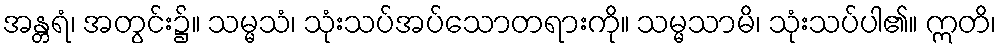
အန္တရံ၊ အတွင်း၌။ သမ္မသံ၊ သုံးသပ်အပ်သောတရားကို။ သမ္မသာမိ၊ သုံးသပ်ပါ၏။ ဣတိ၊